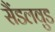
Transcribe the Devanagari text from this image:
सैंडलवुड